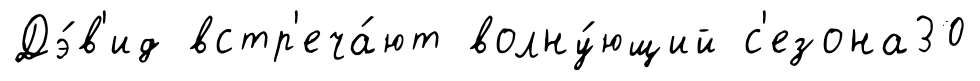
Дэ́в'ид встр'еча́ют волну́ющий с'езона30